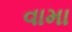
વામા